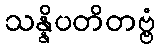
သန္နိပတိတဗ္ဗံ